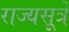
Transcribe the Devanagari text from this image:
राज्यसूत्रे